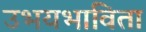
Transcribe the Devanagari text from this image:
उभयभाविता